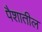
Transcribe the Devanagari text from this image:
पैशातील